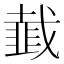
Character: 韯